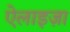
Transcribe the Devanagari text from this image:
ऐलाइज़ा